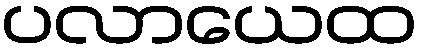
ပလာယေထ